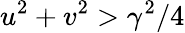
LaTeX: u^{2}+v^{2}>\gamma^{2}/4